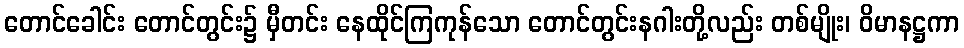
တောင်ခေါင်း တောင်တွင်း၌ မှီတင်း နေထိုင်ကြကုန်သော တောင်တွင်းနဂါးတို့လည်း တစ်မျိုး၊ ဝိမာနဋ္ဌကာ